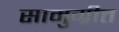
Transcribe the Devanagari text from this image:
सामुग्रीत